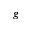
g